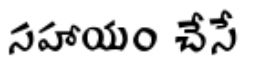
సహాయం చేసే